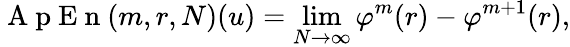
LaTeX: \mathrm{~A~p~E~n~}(m,r,N)(u)=\operatorname*{lim}_{N\rightarrow\infty}\varphi^{m}(r)-\varphi^{m+1}(r),